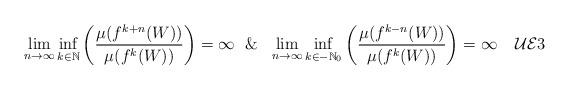
LaTeX: \begin{align*} \lim_{n \rightarrow \infty} \inf _{k \in {\mathbb N}} \left (\frac{\mu(f^{k+n}(W))}{\mu(f^{k}(W))}\right ) = \infty \ \ \& \ \ \lim_{n \rightarrow \infty} \inf_{k \in -{\mathbb N}_0} \left (\frac{\mu(f^{k-n}(W))}{\mu(f^{k}(W))}\right ) = \infty \tag*{$\mathcal{UE}3$}\end{align*}